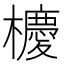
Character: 櫦